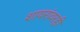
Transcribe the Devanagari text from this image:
शायरांवरही